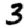
Digit: 3